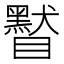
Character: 䁿